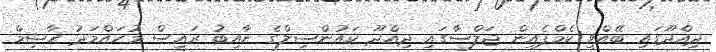
ދިއްދޫގައި ބޭއްވި ކެމްޕެއިން ޖަލްސާގައި ދިއްދޫ ކައުންސިލްގެ ނާއިބު ރައީސް މުހައްމަދު ހާޝިމް